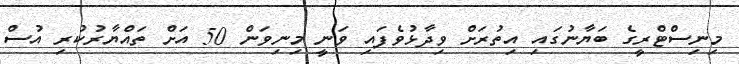
މިނިސްޓްރީގެ ބަޔާނުގައި އިތުރަށް ވިދާޅުވެފައި ވަނީ މިނިވަން 50 އަށް ތައްޔާރުކުރި އުސް